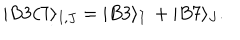
| B 3 / 7 \rangle _ { I , J } = | B 3 \rangle _ { I } \, + | B 7 \rangle _ { J } .